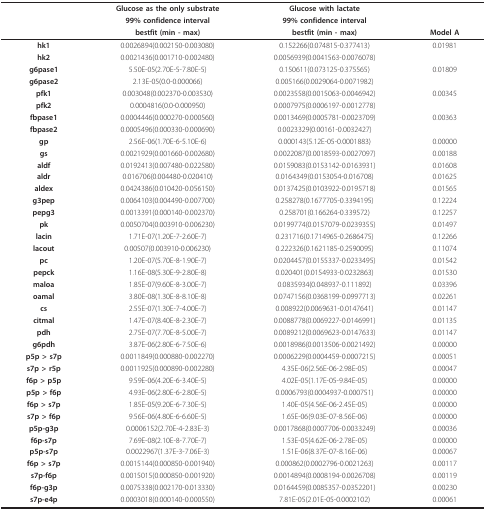
<table><thead><tr><td></td><td><b>Glucose as the only substrate</b></td><td><b>Glucose with lactate</b></td><td></td></tr><tr><td></td><td><b>99% confidence interval</b></td><td><b>99% confidence interval</b></td><td></td></tr><tr><td></td><td><b>bestfit (min - max)</b></td><td><b>bestfit (min - max)</b></td><td><b>Model A</b></td></tr></thead><tbody><tr><td><b>hk1</b></td><td>0.0026894(0.002150-0.003080)</td><td>0.152266(0.074815-0.377413)</td><td>0.01981</td></tr><tr><td><b>hk2</b></td><td>0.0021436(0.001710-0.002480)</td><td>0.0056939(0.0041563-0.0076078)</td><td></td></tr><tr><td><b>g6pase1</b></td><td>5.50E-05(2.70E-5-7.80E-5)</td><td>0.150611(0.073125-0.375565)</td><td>0.01809</td></tr><tr><td><b>g6pase2</b></td><td>2.13E-05(0.0-0.000066)</td><td>0.005166(0.0029064-0.0071982)</td><td></td></tr><tr><td><b>pfk1</b></td><td>0.003048(0.002370-0.003530)</td><td>0.0023558(0.0015063-0.0046942)</td><td>0.00345</td></tr><tr><td><b>pfk2</b></td><td>0.0004816(0.0-0.000950)</td><td>0.0007975(0.0006197-0.0012778)</td><td></td></tr><tr><td><b>fbpase1</b></td><td>0.0004446(0.000270-0.000560)</td><td>0.0013469(0.0005781-0.0023709)</td><td>0.00363</td></tr><tr><td><b>fbpase2</b></td><td>0.0005496(0.000330-0.000690)</td><td>0.0023329(0.00161-0.0032427)</td><td></td></tr><tr><td><b>gp</b></td><td>2.56E-06(1.70E-6-5.10E-6)</td><td>0.000143(5.12E-05-0.0001883)</td><td>0.00000</td></tr><tr><td><b>gs</b></td><td>0.0021929(0.001660-0.002680)</td><td>0.0022087(0.0018593-0.0027097)</td><td>0.00188</td></tr><tr><td><b>aldf</b></td><td>0.0192413(0.007480-0.022580)</td><td>0.0159083(0.0153142-0.0163931)</td><td>0.01608</td></tr><tr><td><b>aldr</b></td><td>0.016706(0.004480-0.020410)</td><td>0.0164349(0.0153054-0.016708)</td><td>0.01625</td></tr><tr><td><b>aldex</b></td><td>0.0424386(0.010420-0.056150)</td><td>0.0137425(0.0103922-0.0195718)</td><td>0.01565</td></tr><tr><td><b>g3pep</b></td><td>0.0064103(0.004490-0.007700)</td><td>0.258278(0.1677705-0.3394195)</td><td>0.12224</td></tr><tr><td><b>pepg3</b></td><td>0.0013391(0.000140-0.002370)</td><td>0.258701(0.166264-0.339572)</td><td>0.12257</td></tr><tr><td><b>pk</b></td><td>0.0050704(0.003910-0.006230)</td><td>0.0199774(0.0157079-0.0239355)</td><td>0.01497</td></tr><tr><td><b>lacin</b></td><td>1.71E-07(1.20E-7-2.60E-7)</td><td>0.231716(0.1714965-0.2686475)</td><td>0.12266</td></tr><tr><td><b>lacout</b></td><td>0.00507(0.003910-0.006230)</td><td>0.222326(0.1621185-0.2590095)</td><td>0.11074</td></tr><tr><td><b>pc</b></td><td>1.20E-07(5.70E-8-1.90E-7)</td><td>0.0204457(0.0155337-0.0233495)</td><td>0.01542</td></tr><tr><td><b>pepck</b></td><td>1.16E-08(5.30E-9-2.80E-8)</td><td>0.020401(0.0154933-0.0232863)</td><td>0.01530</td></tr><tr><td><b>maloa</b></td><td>1.85E-07(9.60E-8-3.00E-7)</td><td>0.0835934(0.048937-0.111892)</td><td>0.03396</td></tr><tr><td><b>oamal</b></td><td>3.80E-08(1.30E-8-8.10E-8)</td><td>0.0747156(0.0368199-0.0997713)</td><td>0.02261</td></tr><tr><td><b>cs</b></td><td>2.55E-07(1.30E-7-4.00E-7)</td><td>0.008922(0.0069631-0.0147641)</td><td>0.01147</td></tr><tr><td><b>citmal</b></td><td>1.47E-07(8.40E-8-2.30E-7)</td><td>0.0088778(0.0069227-0.0146991)</td><td>0.01135</td></tr><tr><td><b>pdh</b></td><td>2.75E-07(7.70E-8-5.00E-7)</td><td>0.0089212(0.0069623-0.0147633)</td><td>0.01147</td></tr><tr><td><b>g6pdh</b></td><td>3.87E-06(2.80E-6-7.50E-6)</td><td>0.0018986(0.0013506-0.0021492)</td><td>0.00000</td></tr><tr><td><b>p5p &gt; s7p</b></td><td>0.0011849(0.000880-0.002270)</td><td>0.0006229(0.0004459-0.0007215)</td><td>0.00051</td></tr><tr><td><b>s7p &gt; r5p</b></td><td>0.0011925(0.000890-0.002280)</td><td>4.35E-06(2.56E-06-2.98E-05)</td><td>0.00047</td></tr><tr><td><b>f6p &gt; p5p</b></td><td>9.59E-06(4.20E-6-3.40E-5)</td><td>4.02E-05(1.17E-05-9.84E-05)</td><td>0.00000</td></tr><tr><td><b>p5p &gt; f6p</b></td><td>4.93E-06(2.80E-6-2.80E-5)</td><td>0.0006793(0.0004937-0.000751)</td><td>0.00000</td></tr><tr><td><b>f6p &gt; s7p</b></td><td>1.85E-05(9.20E-6-7.30E-5)</td><td>1.40E-05(4.56E-06-2.45E-05)</td><td>0.00000</td></tr><tr><td><b>s7p &gt; f6p</b></td><td>9.56E-06(4.80E-6-6.60E-5)</td><td>1.65E-06(9.03E-07-8.56E-06)</td><td>0.00000</td></tr><tr><td><b>p5p-g3p</b></td><td>0.0006152(2.70E-4-2.83E-3)</td><td>0.0017868(0.0007706-0.0033249)</td><td>0.00036</td></tr><tr><td><b>f6p-s7p</b></td><td>7.69E-08(2.10E-8-7.70E-7)</td><td>1.53E-05(4.62E-06-2.78E-05)</td><td>0.00000</td></tr><tr><td><b>p5p-s7p</b></td><td>0.0022967(1.37E-3-7.06E-3)</td><td>1.51E-06(8.37E-07-8.16E-06)</td><td>0.00067</td></tr><tr><td><b>f6p &gt; s7p</b></td><td>0.0015144(0.000850-0.001940)</td><td>0.000862(0.0002796-0.0021263)</td><td>0.00117</td></tr><tr><td><b>s7p-f6p</b></td><td>0.0015015(0.000850-0.001920)</td><td>0.0014894(0.0008194-0.0026708)</td><td>0.00119</td></tr><tr><td><b>f6p-g3p</b></td><td>0.0075338(0.002170-0.013330)</td><td>0.0164459(0.0085357-0.0352201)</td><td>0.00230</td></tr><tr><td><b>s7p-e4p</b></td><td>0.0003018(0.000140-0.000550)</td><td>7.81E-05(2.01E-05-0.0002102)</td><td>0.00061</td></tr></tbody></table>